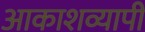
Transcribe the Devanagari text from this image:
आकाशव्यापी